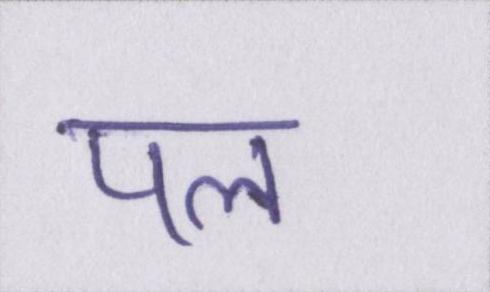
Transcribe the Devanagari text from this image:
पल